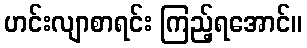
ဟင်းလျာစာရင်း ကြည့်ရအောင်။